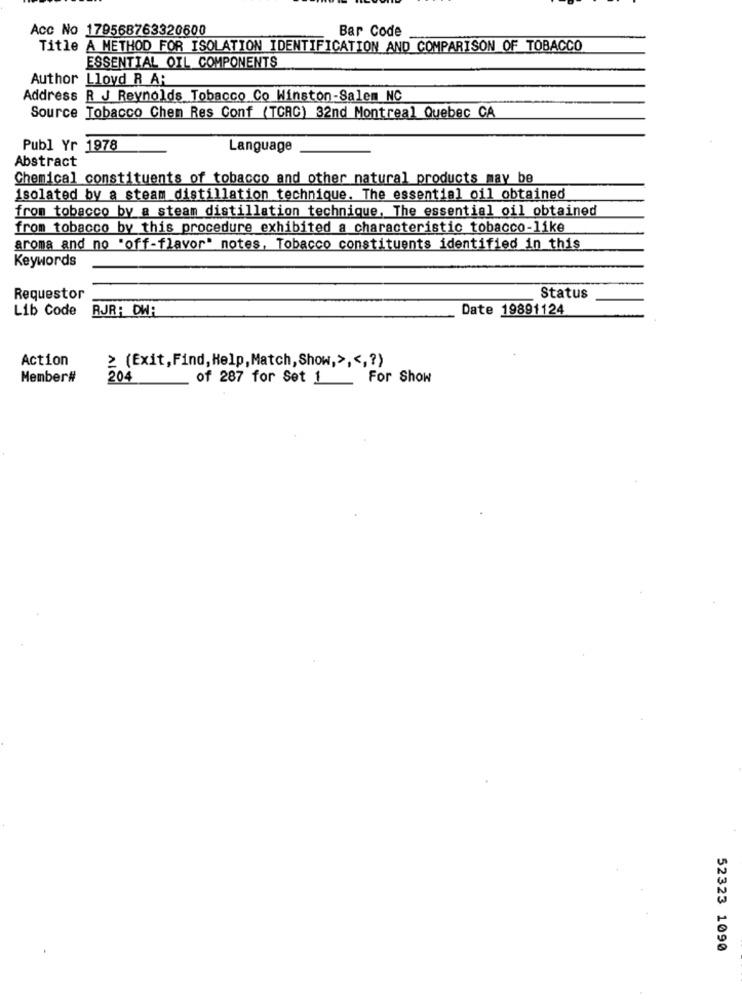
Acc No 179568763320600
Bar Code
Title A METHOD FOR ISOLATION IDENTIFICATION AND COMPARISON OF TOBACCO
ESSENTIAL OIL COMPONENTS
Author Lloyd R AR
Address R J Reynolds Tobacco Co Winston-Salem NC
Source Tobacco Chem Res Conf (TCRC) 32nd Montreal Quebec CA
Publ Yr 1978
Language
Abstract
Chemical constituents of tobacco and other natural products may be
isolated by a steam distillation technique. The essential oil obtained
from tobacco by a steam distillation technique, The essential oil obtained
from tobacco by this procedure exhibited a characteristic tobacco-like
aroma and no "off-flavor" notes, Tobacco constituents identified in this
Keywords
Requestor
Status
Lib Code
RJR: DWA
Date 19891124
Action
≥ (Exit, Find, Help,Match,Show,> ,<,? )
Member#
204
of 287 for Set 1 For Show
52323 1090